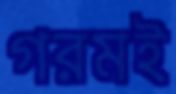
গরমই